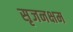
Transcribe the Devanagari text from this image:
सृजनक्षम